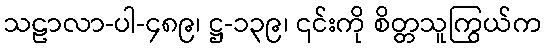
သဠာလာ-ပါ-၄၈၉၊ ဋ္ဌ-၁၃၉၊ ၎င်းကို စိတ္တသူကြွယ်က